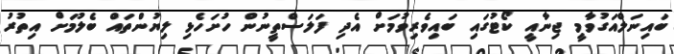
ބައިނަލްއަގުވާމީ ޖިނާއީ ކޯޓުގައި ބައިވެރިވުމަށް އެދި ފަލަސްތީނުން ހުށަހެޅި ލިޔުންތައް ބެލުމަށް އިތުރު